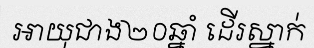
អាយុជាង២០ឆ្នាំ ដើរស្នាក់